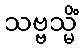
သဗ္ဗသ္မိံ